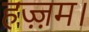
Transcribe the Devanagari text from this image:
हज़्ज़म।